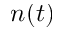
n ( t )